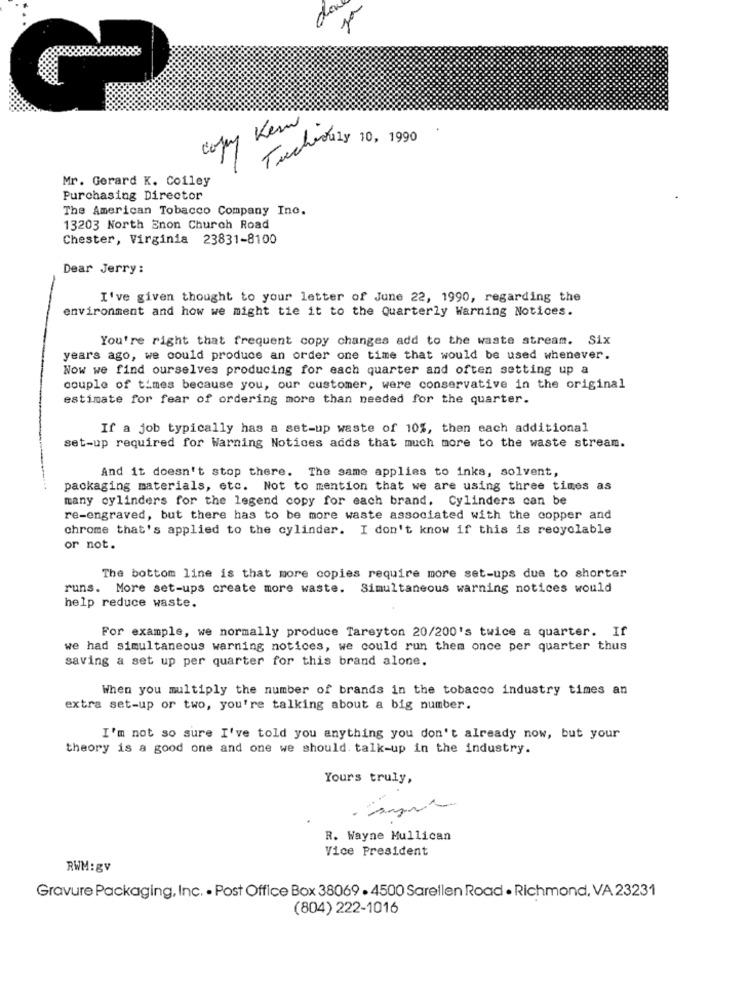
Teacher de 2 y 10, 1990
Mr. Gerard K. Colley
Purchasing Director
The American Tobacco Company Inc.
13203 North Enon Church Road
Chester, Virginia 23831-8100
Dear Jerry:
I've given thought to your letter of June 22, 1990, regarding the
environment and how we might tie it to the Quarterly Warning Notices.
You're right that frequent copy changes add to the waste stream. Six
years ago, we could produce an order one time that would be used whenever.
Now we find ourselves producing for each quarter and often setting up a
couple of times because you, our customer, were conservative in the original
estimate for fear of ordering more than needed for the quarter.
If a job typically has a set-up waste of 10%, then each additional
set-up required for Warning Notices adds that much more to the waste stream.
And it doesn't stop there. The same applies to inks, solvent,
packaging materials, etc. Not to mention that we are using three times as
many cylinders for the legend copy for each brand. Cylinders can be
re-engraved, but there has to be more waste associated with the copper and
chrome that's applied to the cylinder. I don't know if this is recyclable
or not.
The bottom line is that more copies require more set-ups due to shorter
runs. More set-ups create more waste. Simultaneous warning notices would
help reduce waste.
For example, we normally produce Tareyton 20/200's twice a quarter. If
we had simultaneous warning notices, we could run them once per quarter thus
saving a set up per quarter for this brand alone.
When you multiply the number of brands in the tobacco industry times an
extra set-up or two, you're talking about a big number.
I'm not so sure I've told you anything you don't already now, but your
theory is a good one and one we should. talk-up in the industry.
Yours truly,
.
R. Wayne Mullican
Vice President
RWM: gv
Gravure Packaging, Inc. - Post Office Box 38069 . 4500 Sarellen Road . Richmond, VA 23231
(804) 222-1016